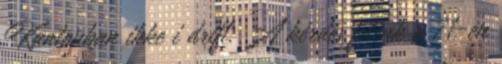
Kantonban ikke i drift: A kérdés felénk a 71-en